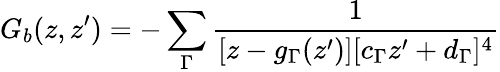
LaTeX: G_{b}(z,z^{\prime})=-\sum_{\Gamma}\frac{1}{[z-g_{\Gamma}(z^{\prime})][c_{\Gamma}z^{\prime}+d_{\Gamma}]^{4}}